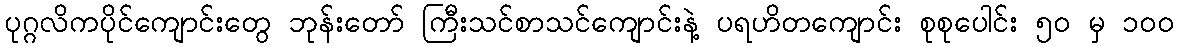
ပုဂ္ဂလိကပိုင်ကျောင်းတွေ ဘုန်းတော် ကြီးသင်စာသင်ကျောင်းနဲ့ ပရဟိတကျောင်း စုစုပေါင်း ၅၀ မှ ၁၀၀